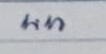
บน